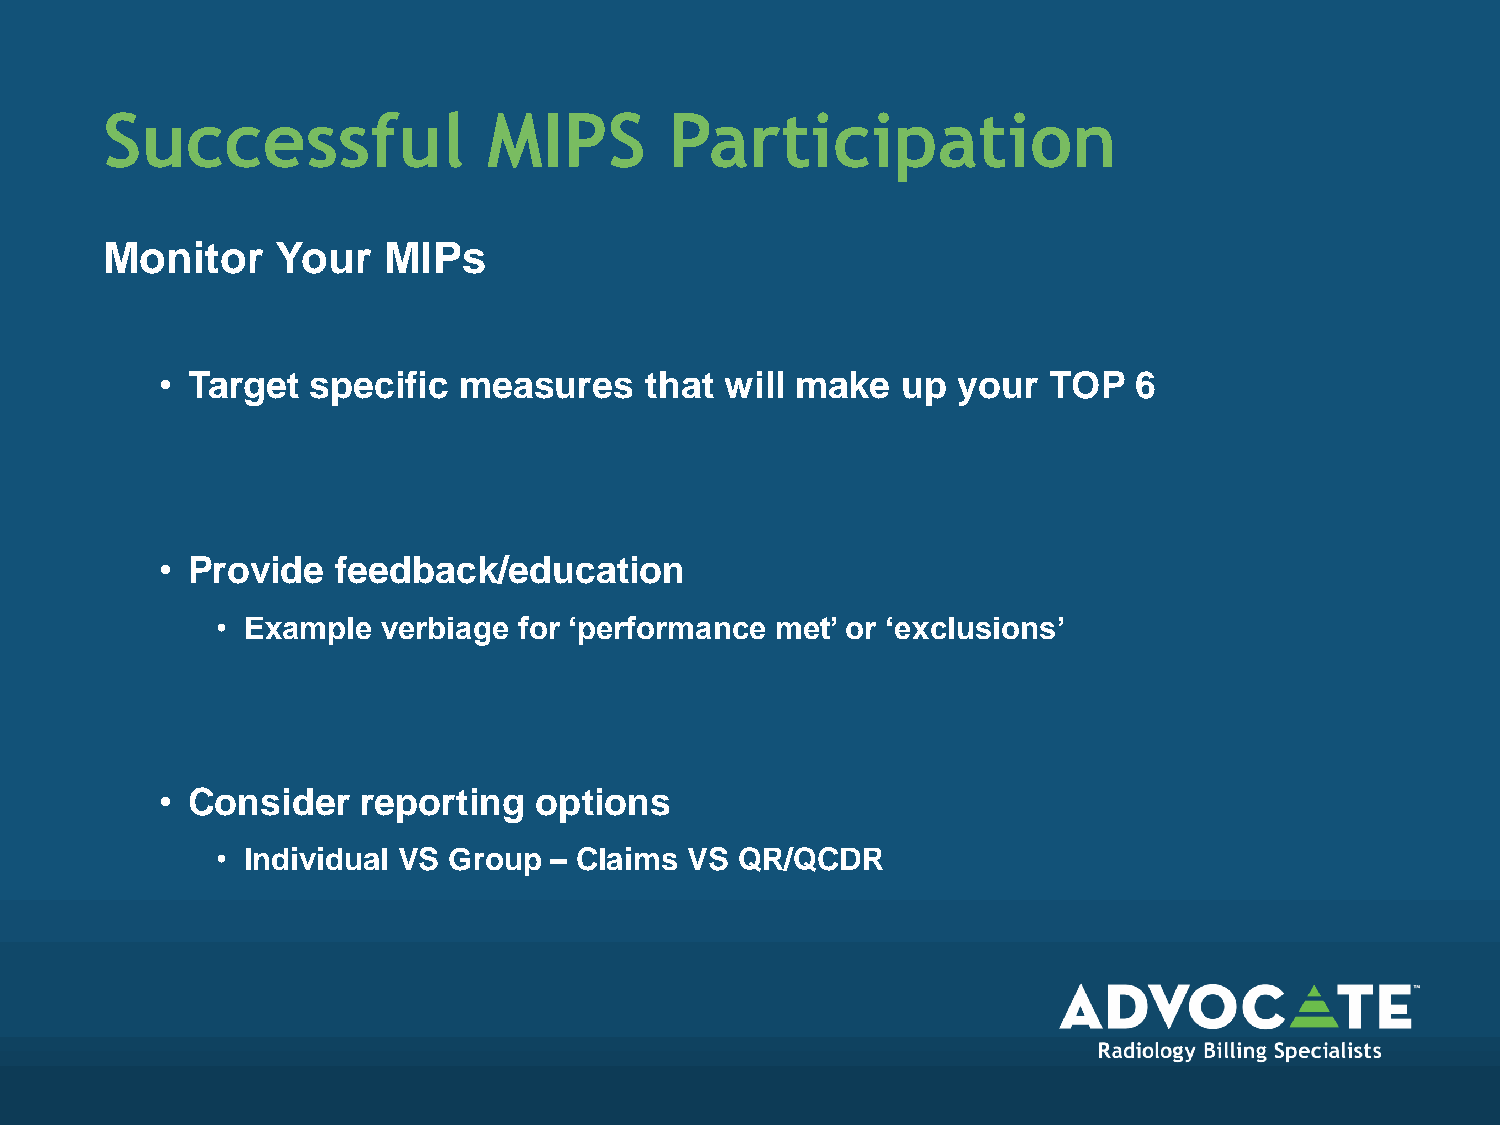
Successful               MIPS        Participation
 Monitor    Your   MIPs
 • Target  specific measures     that will make   up your  TOP   6
 • Provide  feedback/education
 • Example  verbiage for ‘performance met’ or ‘exclusions’
 • Consider   reporting  options
 • Individual VS Group – Claims  VS QR/QCDR